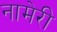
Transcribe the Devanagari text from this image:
नामेरी